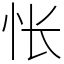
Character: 怅